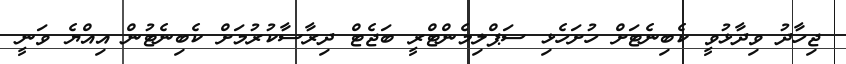
ޖިހާދު ވިދާޅުވީ ކެބިނެޓަށް ހުށަހެޅި ސަޕްލިމެންޓްރީ ބަޖެޓް ދިރާސާކުރުމަށް ކެބިނެޓުން އިއްޔެ ވަނީ